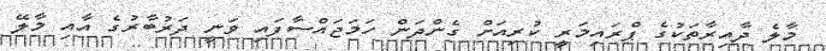
މާލެ ދާއިރާތަކުގެ ޕްރައިމަރީ ކުރިއަށް ގެންދަން ހަމަޖައްސާފައި ވަނީ ދަރުބާރުގެ އާއި މާލޭ